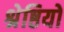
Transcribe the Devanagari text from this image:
श्रेष्ठियों